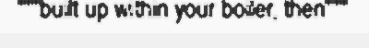
"""built up within your boiler, then"""